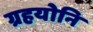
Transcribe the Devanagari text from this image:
ग्रहयोनि